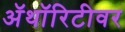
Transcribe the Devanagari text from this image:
ॲथॉरिटीवर